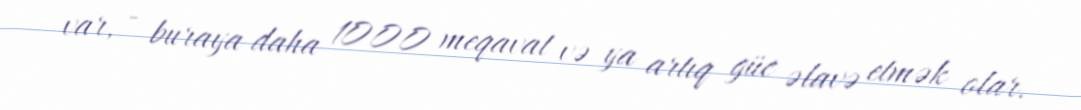
var, - buraya daha 1000 meqavat və ya artıq güc əlavə etmək olar.